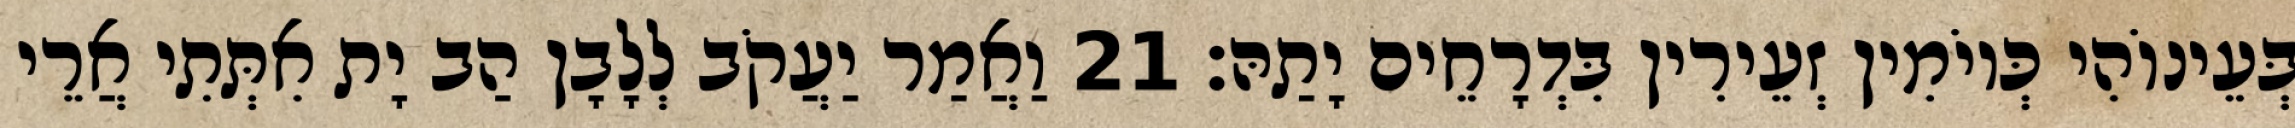
בְּעֵינוֹהִי כְּיוֹמִין זְעֵירִין בִּדְרָחֵים יָתַהּ׃ 21 וַאֲמַר יַעֲקֹב לְלָבָן הַב יָת אִתְּתִי אֲרֵי